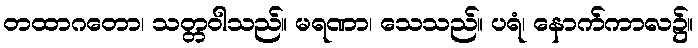
တထာဂတော၊ သတ္တဝါသည်။ မရဏာ၊ သေသည်။ ပရံ၊ နောက်ကာလ၌။